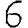
Digit: 6